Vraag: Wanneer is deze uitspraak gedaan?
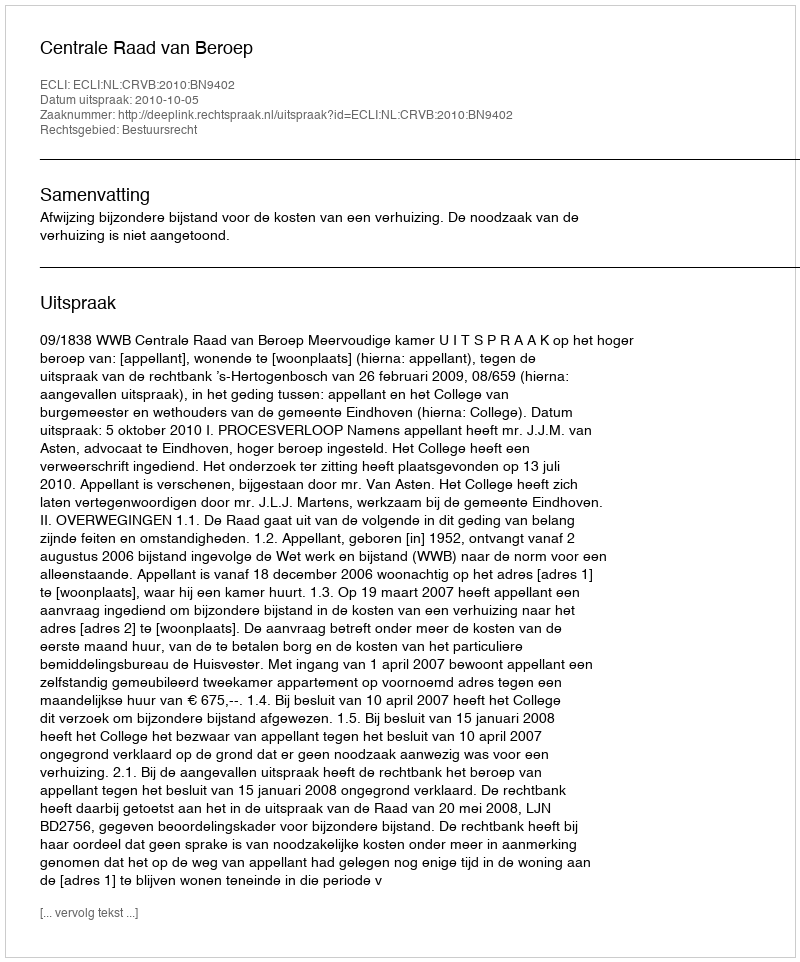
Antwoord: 2010-10-05